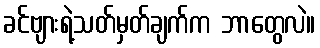
ခင်ဗျားရဲ့သတ်မှတ်ချက်က ဘာတွေလဲ။